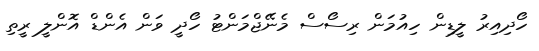
ހޯދިއިރު ލީޑިން ހިއުމަން ރިސޯސް މެނޭޖްމަންޓު ހޯދީ ވަން އެންޑް އޮންލީ ރީތި